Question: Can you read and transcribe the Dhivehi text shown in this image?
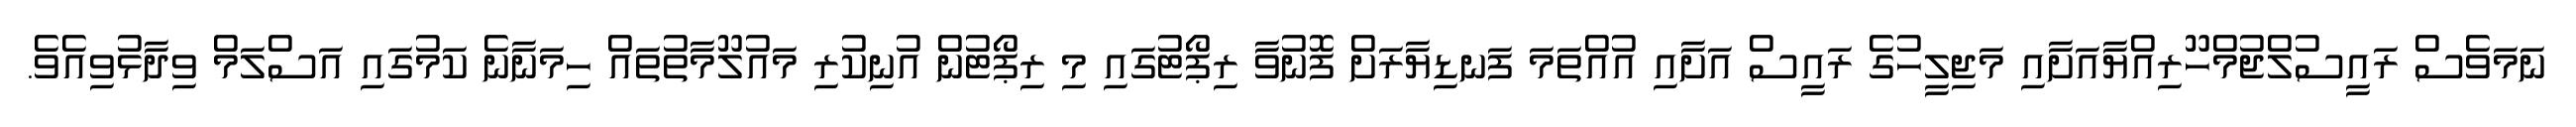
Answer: ނަމަވެސް ރައީސުލްޖުމްހޫރިއްޔާއަށާއި މަޖިލީހުގެ ރައީސް އަށާއި އުއްތަމަ ފަނޑިޔާރަށް ފޮނުވާ ރިޕޯޓުގައި މި ރިޕޯޓުން އުނިކުރި މައުލޫމާތުތައް ހިމަނާނެ ކަމުގައި އަސްލަމް ވިދާޅުވިއެވެ.